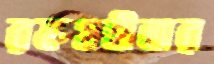
রক্তগ্রহীতার